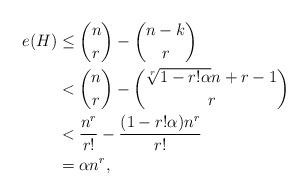
LaTeX: \begin{align*}e(H)&\leq \binom{n}{r}-\binom{n-k}{r}\\&< \binom{n}{r}-\binom{\sqrt[r]{1-r!\alpha}n+r-1}{r}\\&< \frac{n^r}{r!}-\frac{(1-r!\alpha)n^r}{r!}\\&=\alpha n^r,\end{align*}